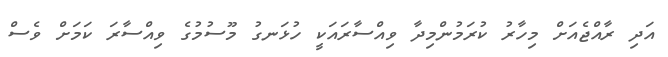
އަދި ރާއްޖެއަށް މިހާރު ކުރަމުންމިދާ ވިއްސާރައަކީ ހުޅަނގު މޫސުމުގެ ވިއްސާރަ ކަމަށް ވެސް